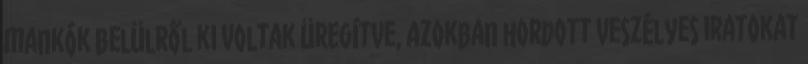
mankók belülről ki voltak üregítve, azokban hordott veszélyes iratokat